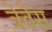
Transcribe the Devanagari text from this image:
त्रेवेस